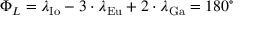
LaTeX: \Phi _ { L } = \lambda _ { \mathrm { { I o } } } - 3 \cdot \lambda _ { \mathrm { { E u } } } + 2 \cdot \lambda _ { \mathrm { { G a } } } = 1 8 0 ^ { \circ }